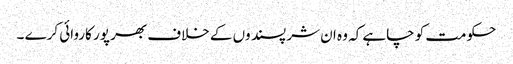
حکومت کو چاہے کہ وہ ان شر پسند وں کے خلاف بھر پور کاروائی کرے ۔